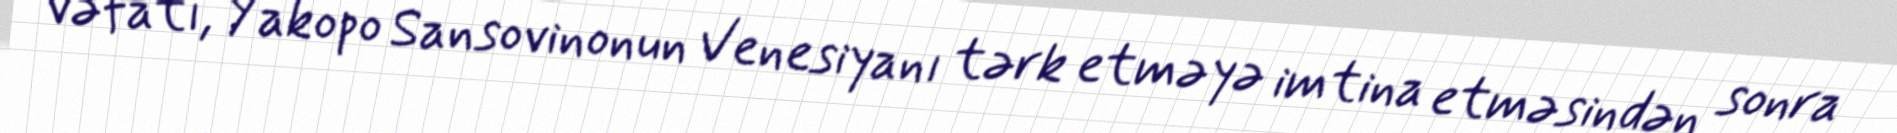
vəfatı, Yakopo Sansovinonun Venesiyanı tərk etməyə imtina etməsindən sonra